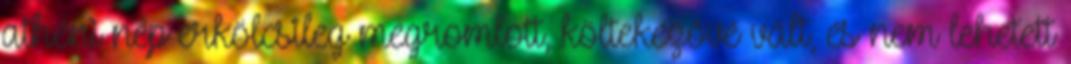
athéni nép erkölcsileg megromlott, költekezővé vált, és nem lehetett